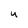
Character: U